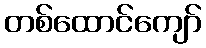
တစ်ထောင်ကျော်